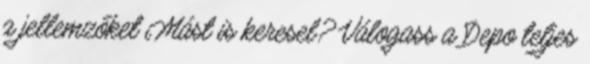
a jellemzőket Mást is keresel? Válogass a Depo teljes